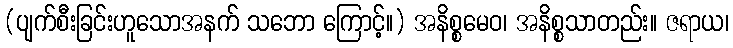
(ပျက်စီးခြင်းဟူသောအနက် သဘော ကြောင့်။) အနိစ္စမေဝ၊ အနိစ္စသာတည်း။ ဇရာယ၊